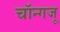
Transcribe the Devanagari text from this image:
चॉन्गजू